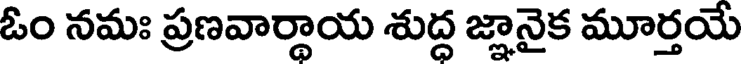
ఓం నమః ప్రణవార్థాయ శుద్ద జ్ఞానైక మూర్తయే